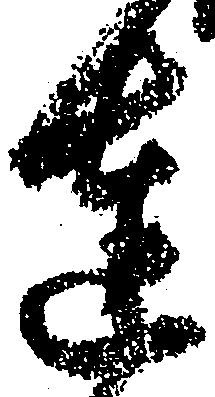
達